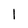
Character: 1